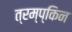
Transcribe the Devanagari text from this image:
त्रम्प्किन